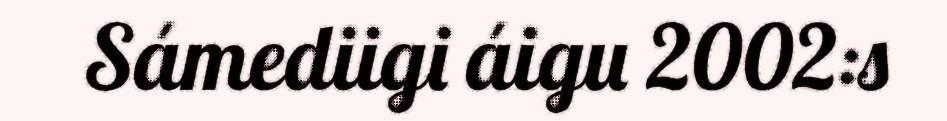
Sámediigi áigu 2002:s